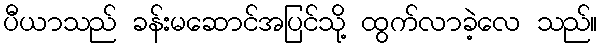
ပီယာသည် ခန်းမဆောင်အပြင်သို့ ထွက်လာခဲ့လေ သည်။